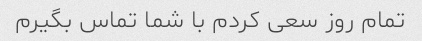
تمام روز سعی کردم با شما تماس بگیرم